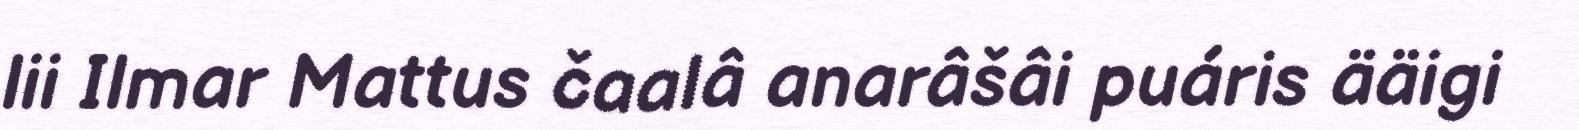
lii Ilmar Mattus čaalâ anarâšâi puáris ääigi